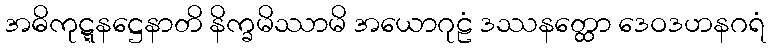
အဓိကုဋ္ဋနဋ္ဌေနာတိ နိက္ခမိဿာမိ အယောဂုဠံ ဒဿနတ္ထော ဒေဝဒဟနဂရံ